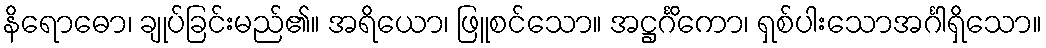
နိရောဓော၊ ချုပ်ခြင်းမည်၏။ အရိယော၊ ဖြူစင်သော။ အဋ္ဌင်္ဂိကော၊ ရှစ်ပါးသောအင်္ဂါရှိသော။